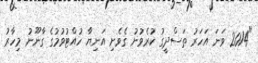
"2014 ވަނަ އަހަރު ތަސްދީގު ކުރެވުނު ގެވެށި އަނިޔާ ހުއްޓުވުމުގެ ގާނޫނު މިހާރު